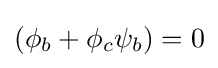
(\phi _{b}+\phi _{c}\psi _{b})=0